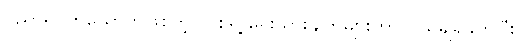
ပညာရှင်တယောက်ဖြစ်တဲ့ လုစ်ရဲ့ ရေးသားချက်များဟာ ပယ်ချရခက်ပြီး